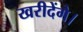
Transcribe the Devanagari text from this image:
खरीदेंगे।